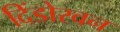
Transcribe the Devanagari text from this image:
दिंडोरवन